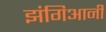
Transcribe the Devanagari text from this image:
झंगिआनी